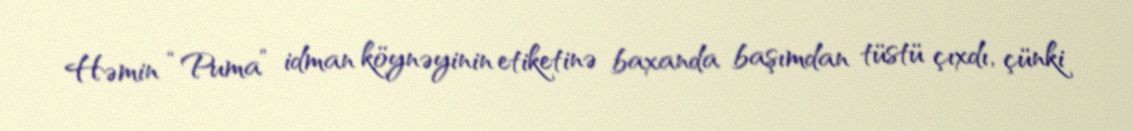
Həmin “Puma” idman köynəyinin etiketinə baxanda başımdan tüstü çıxdı, çünki